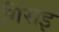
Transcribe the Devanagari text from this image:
गिराइ